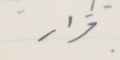
قرار